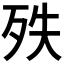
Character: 𣧞